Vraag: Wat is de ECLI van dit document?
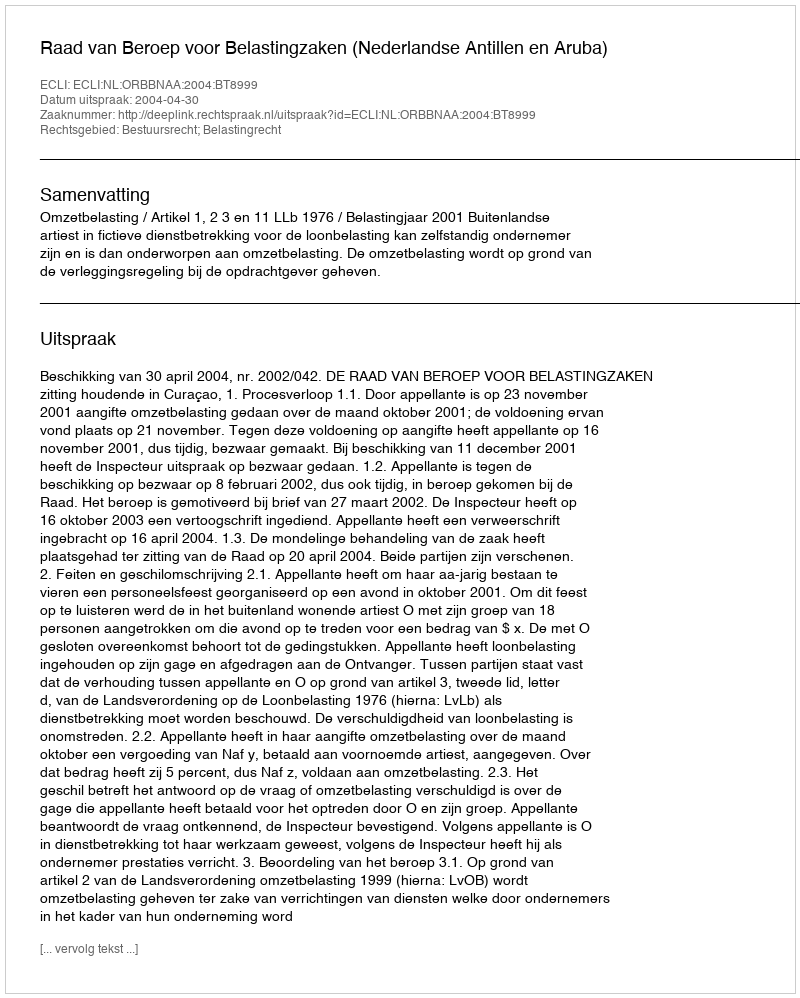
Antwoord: ECLI:NL:ORBBNAA:2004:BT8999